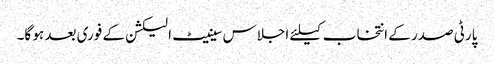
پارٹی صدر کے انتخاب کیلئے اجلاس سینیٹ الیکشن کے فوری بعد ہو گا۔